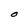
Character: 0